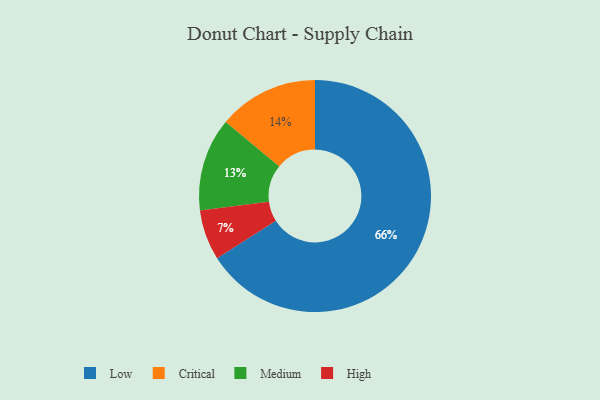
{"axis": {"x": "Category", "y": "Percentage"}, "legend": ["Critical", "High", "Low", "Medium"], "data": [{"x": "Critical", "y": 14, "type": "Critical"}, {"x": "Low", "y": 66, "type": "Low"}, {"x": "Medium", "y": 13, "type": "Medium"}, {"x": "High", "y": 7, "type": "High"}]}